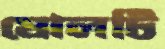
ষোলটি